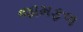
જામફળ